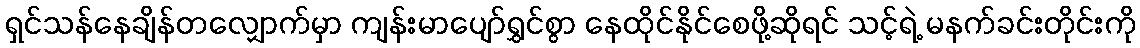
ရှင်သန်နေချိန်တလျှောက်မှာ ကျန်းမာပျော်ရွှင်စွာ နေထိုင်နိုင်စေဖို့ဆိုရင် သင့်ရဲ့ မနက်ခင်းတိုင်းကို